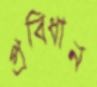
প্রবিধান